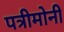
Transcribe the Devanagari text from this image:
पत्रीमोनी